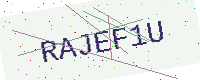
Text: RAJEF1U